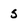
Character: 5